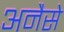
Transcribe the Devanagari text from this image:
अनैसे